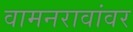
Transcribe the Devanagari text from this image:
वामनरावांवर